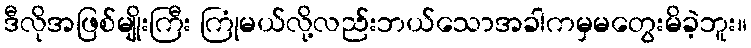
ဒီလိုအဖြစ်မျိုးကြီး ကြုံမယ်လို့လည်းဘယ်သောအခါကမှမတွေးမိခဲ့ဘူး။